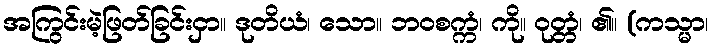
အကြွင်းမဲ့ဖြတ်ခြင်းငှာ။ ဒုတိယံ၊ သော။ ဘဝစက္ကံ၊ ကို။ ဝုတ္တံ၊ ၏။ (ကသ္မာ၊